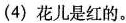
(4)花儿是红的。